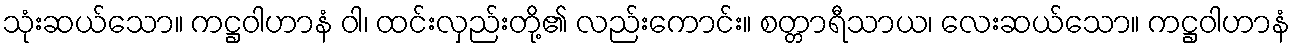
သုံးဆယ်သော။ ကဋ္ဌဝါဟာနံ ဝါ၊ ထင်းလှည်းတို့၏ လည်းကောင်း။ စတ္တာရီသာယ၊ လေးဆယ်သော။ ကဋ္ဌဝါဟာနံ